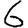
Digit: 6